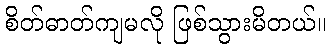
စိတ်ဓာတ်ကျမလို ဖြစ်သွားမိတယ်။